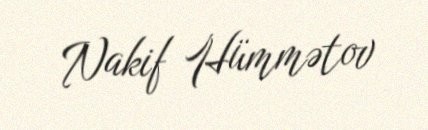
Nakif Hümmətov